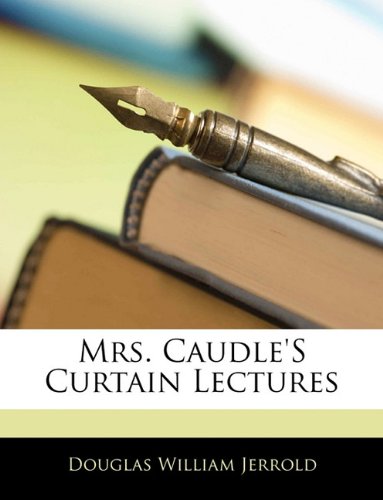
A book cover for Mrs. Caudle'S Curtain Lectures; Douglas Jerrold; Crafts, Hobbies & Home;